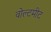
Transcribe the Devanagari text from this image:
वोल्टमीट